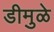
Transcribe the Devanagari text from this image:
डीमुळे